Annual statistical returns and brief notes on vaccination in Bengal - 1909-1929
Year: 1909
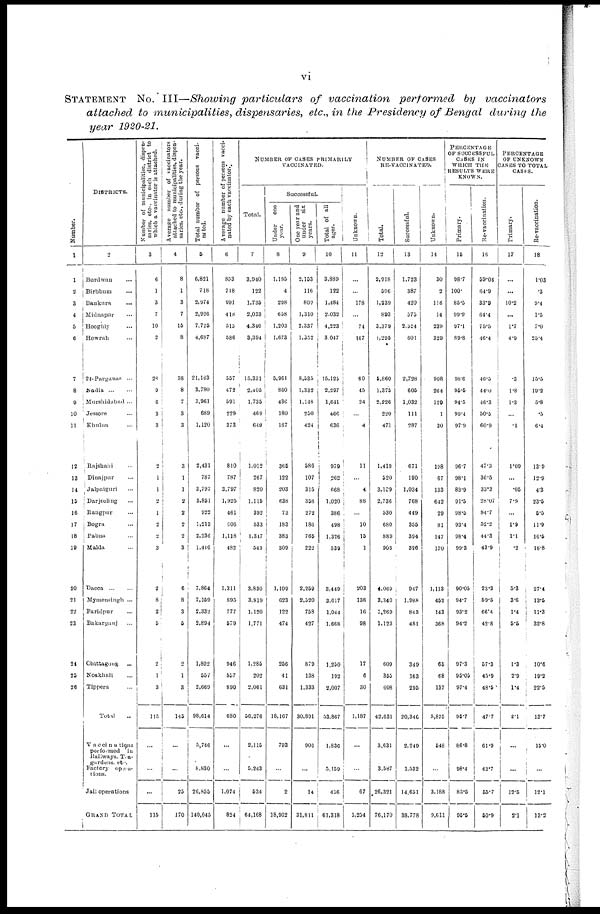
vi
STATEMENT No. III—Showing particulars of vaccination performed by vaccinators
attached to municipalities, dispensaries, etc., in the Presidency of Bengal during the
year 1920-21.
Number.
1
1
2
3
4
5
6
7
8
9
10
11
12
13
14
15
16
17
18
19
20
21
22
23
21
25
26
DISTRICTS.
2
Burdwan ...
Birbhum ...
Bankura ...
Midnapur ...
Hooghly ...
Howrah ...
24-Parganas ...
Nadia
...
...
Murshidabad ...
Jessore ...
Khulna ...
Rajshahi ...
Dinajpur ...
Jalpaiguri ...
Darjeeling ...
Rangpur ...
Bogra ...
Pabna ...
Malda ...
Dacca
...
...
Mymensingh ...
Faridpur ...
Bakarganj ...
Chittagong
...
Noakhali ...
Tippera ...
Total ...
Vaccinations
performed in
Railways, Tea.
gardens, etc.
Factory opera-
-ions.
Jail operations
GRAND TOTAL
Number of municipalities, dispen-
saries, etc., in each district to
which a vaccinator is attached.
3
6
1
3
7
10
2
28
9
6
3
3
2
1
1
2
1
2
2
3
2
8
2
5
2
1
3
115
...
...
...
115
Average number of vaccinators
attached to municipalities, dispen-
saries, etc.,
during the year.
4
8
1
3
7
15
8
38
8
7
3
3
3
1
1
2
2
2
2
3
6
8
3
5
2
1
3
145
...
...
25
170
Total number of persons vacci-
nated.
5
6,821
718
2,974
2,926
7,725
4,687
21,163
3,780
3,961
689
1,120
2,431
787
3,797
3,851
922
1,213
2,236
1,416
7,864
7,159
2,332
2,894
1,892
557
2,669
98,614
5,746
8,830
26,855
140,045
Average number of persons vacci-
nated by each vaccinator.
6
853
718
991
418
515
586
557
472
591
229
373
810
787
3,797
1,925
461
606
1,118
482
1,311
895
777
579
946
557
890
680
...
...
1,074
824
NUMBER OF CASES PRIMARILY
VACCINATED.
Total.
7
3,940
122
1,735
2,033
4,346
3,394
15,331
2,405
1,735
469
649
1,012
267
820
1,115
392
533
1,347
543
3,830
3,819
1,120
1,771
1,285
202
2,061
56,276
2,115
5,243
534
64,168
Successful.
Under
one
year.
8
1,195
4
298
658
1,203
1,673
5,961
860
436
180
167
365
122
203
638
73
183
383
309
1,109
623
122
474
256
41
631
18,167
793
...
2
18,962
One year and
under six
years.
9
2,153
116
809
1,310
2,337
1,352
8,535
1,332
1,148
250
424
586
107
315
358
272
186
765
222
2,259
2,520
758
427
879
138
1,333
30,891
906
...
14
31,811
Total of all
ages.
10
3,889
122
1,484
2,032
4,223
3,047
15,125
2,297
1,641
466
636
970
262
668
1,020
386
498
1,326
539
3,440
3,617
1,044
1,668
1,250
192
2,007
53,867
1,836
5,159
456
61,318
Unknown.
11
...
...
178
...
74
167
60
45
24
...
4
11
...
4
88
...
10
15
1
203
136
16
98
17
6
30
1,187
...
...
67
1,254
NUMBER OF CASES
RE-VACCINATED.
Total.
12
2,918
596
1,239
893
3,379
1,295
5,860
1,375
2,226
220
471
1,419
520
3,109
2,736
530
680
889
903
4,069
3,340
1,269
1,123
609
355
608
42,631
3,631
3,587
26,321
76,170
Successful.
13
1,723
387
420
575
2,554
601
2,728
605
1,032
111
287
671
190
1,034
768
449
355
394
396
947
1,988
843
481
349
163
295
20,346
2,249
1,532
14,651
38,778
Unknown.
14
30
2
116
14
239
329
908
264
129
1
30
198
67
133
642
29
81
147
170
1,113
452
143
368
65
68
137
5,875
548
...
3,188
9,611
PERCENTAGE
OF SUCCESSFUL
CASES IN
WHICH THE
RESULTS WERE
KNOWN.
Primary.
15
98.7
100.
85.5
99.9
97.1
89.8
98.6
95.5
94.5
99.4
97.9
96.7
98.1
83.9
91.5
98.5
93.4
98.4
99.3
90.05
94.7
93.2
94.2
97.3
95.05
97.4
95.7
86.8
98.4
85.5
95.5
Re-vaccination.
16
59.04
64.9
33.9
64.4
75.5
46.4
46.5
44.0
46.3
50.5
60.9
47.3
36.5
33.3
28.07
84.7
52.2
44.3
43.9
23.3
59.5
66.4
42.8
57.3
45.9
48.5
47.7
61.9
42.7
55.7
50.9
PERCENTAGE
OF UNKNOWN
CASES TO TOTAL
CASES.
Primary.
17
...
...
10.2
...
1.7
4.9
.3
1.8
1.3
...
.6
1.09
...
.05
7.9
...
1.9
1.1
.2
5.3
3.6
1.4
5.5
1.3
2.9
1.4
2.1
...
...
12.5
2.1
Re-vaccination.
18
1.03
.3
9.4
1.5
7.0
25.4
15.5
19.2
5.8
.5
6.4
13.9
12.9
4.3
23.5
5.5
11.9
16.5
18.8
27.4
13.5
11.3
32.8
10.6
19.2
22.5
13.7
15.0
...
12.1
13.2